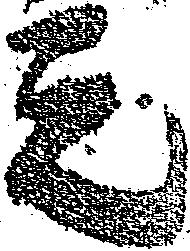
元